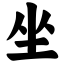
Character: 坐